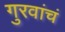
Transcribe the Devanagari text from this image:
गुरवांचं